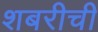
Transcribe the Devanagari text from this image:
शबरीची